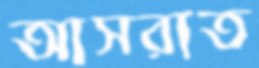
আসরাত